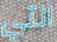
التي